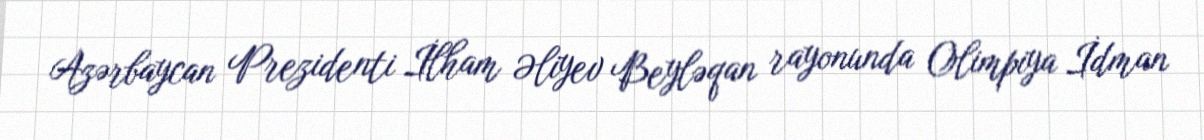
Azərbaycan Prezidenti İlham Əliyev Beyləqan rayonunda Olimpiya İdman